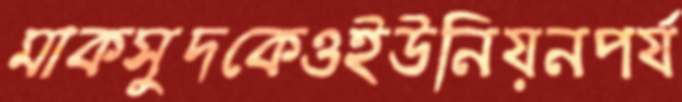
মাকসুদকেওইউনিয়নপর্য